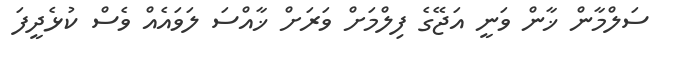
ސަލްމާން ޚާން ވަނީ އަޖޭގެ ފިލްމަށް ވަރަށް ޚާއްސަ ލަވައެއް ވެސް ކުޅެދީފަ